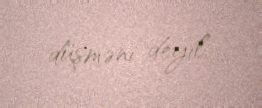
düşməni deyil.